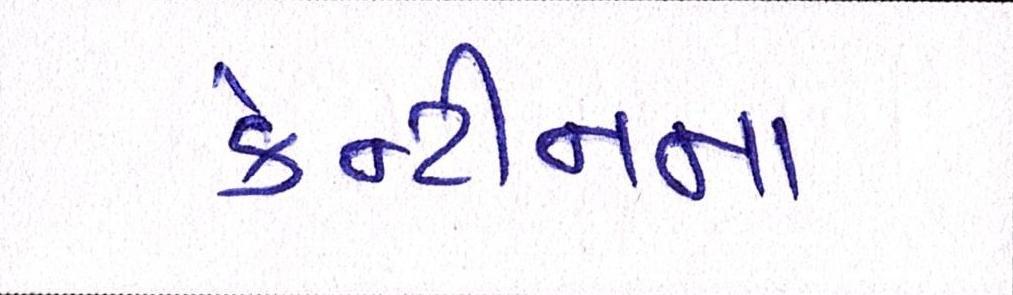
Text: કેન્ટીનના